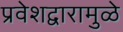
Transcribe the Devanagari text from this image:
प्रवेशद्वारामुळे